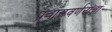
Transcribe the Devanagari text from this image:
प्रवासवर्णनांचा